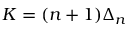
K = ( n + 1 ) \Delta _ { n }